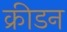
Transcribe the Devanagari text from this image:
क्रीडन